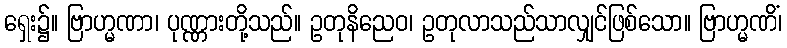
ရှေး၌။ ဗြာဟ္မဏာ၊ ပုဏ္ဏားတို့သည်။ ဥတုနိညေဝ၊ ဥတုလာသည်သာလျှင်ဖြစ်သော။ ဗြာဟ္မဏိံ၊